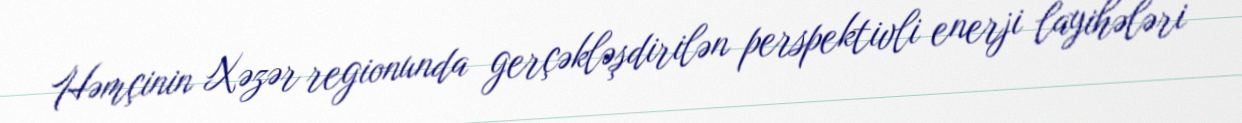
Həmçinin Xəzər regionunda gerçəkləşdirilən perspektivli enerji layihələri